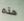
هذه